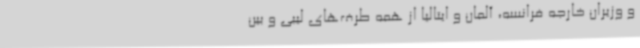
و وزیران خارجه فرانسه، آلمان و ایتالیا از همه طرف‌های لیبی و بین‌